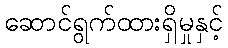
ဆောင်ရွက်ထားရှိမှုနှင့်